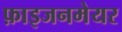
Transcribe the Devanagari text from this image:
फ़ाइजनमेयर